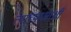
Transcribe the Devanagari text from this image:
त्यांच्याआधी